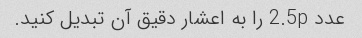
عدد 2.5p را به اعشار دقیق آن تبدیل کنید.